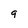
Character: 9